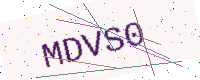
Text: MDVS0